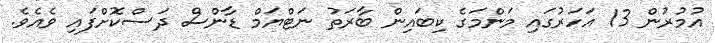
އުމުރުން 13 އަހަރުގައި މަންމަގެ ކިބައިން ބާރަތު ނަޓްޔަމް ޑާންސް ދަސްކޮށްފައި ވެއެވެ.